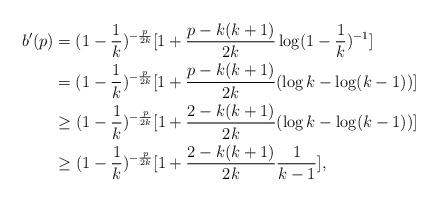
LaTeX: \begin{align*} b'(p) &= (1-\frac{1}{k})^{-\frac{p}{2k}} [ 1 + \frac{p-k(k+1)}{2k} \log(1-\frac{1}{k})^{-1}]\\ &= (1-\frac{1}{k})^{-\frac{p}{2k}} [ 1 + \frac{p-k(k+1)}{2k} (\log k - \log(k-1))]\\ &\geq (1-\frac{1}{k})^{-\frac{p}{2k}} [ 1 + \frac{2-k(k+1)}{2k} (\log k - \log(k-1))]\\ &\geq (1-\frac{1}{k})^{-\frac{p}{2k}} [ 1 + \frac{2-k(k+1)}{2k} \frac{1}{k-1}],\end{align*}